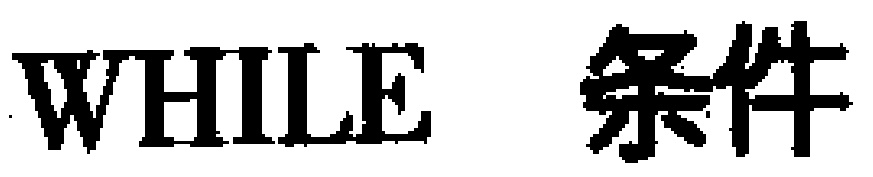
\texttt{WHILE} 条件